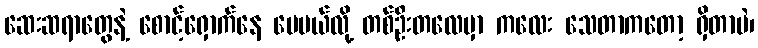
ဆေးဆရာတွေနဲ့ စောင့်ရှောက်နေ ပေမယ်လို့ တစ်ဦးတလေမှာ ကလေး သေတာကတော့ ရှိတာပဲ၊